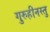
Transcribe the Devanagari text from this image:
गुरुहीनस्तु